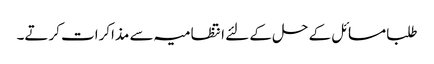
طلبا مسائل کے حل کے لئے انتظامیہ سے مذاکرات کرتے۔